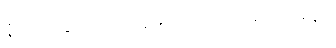
နိယတချည်းဟု ယူမှားသည်ကို ရှင်းပြခန်း။